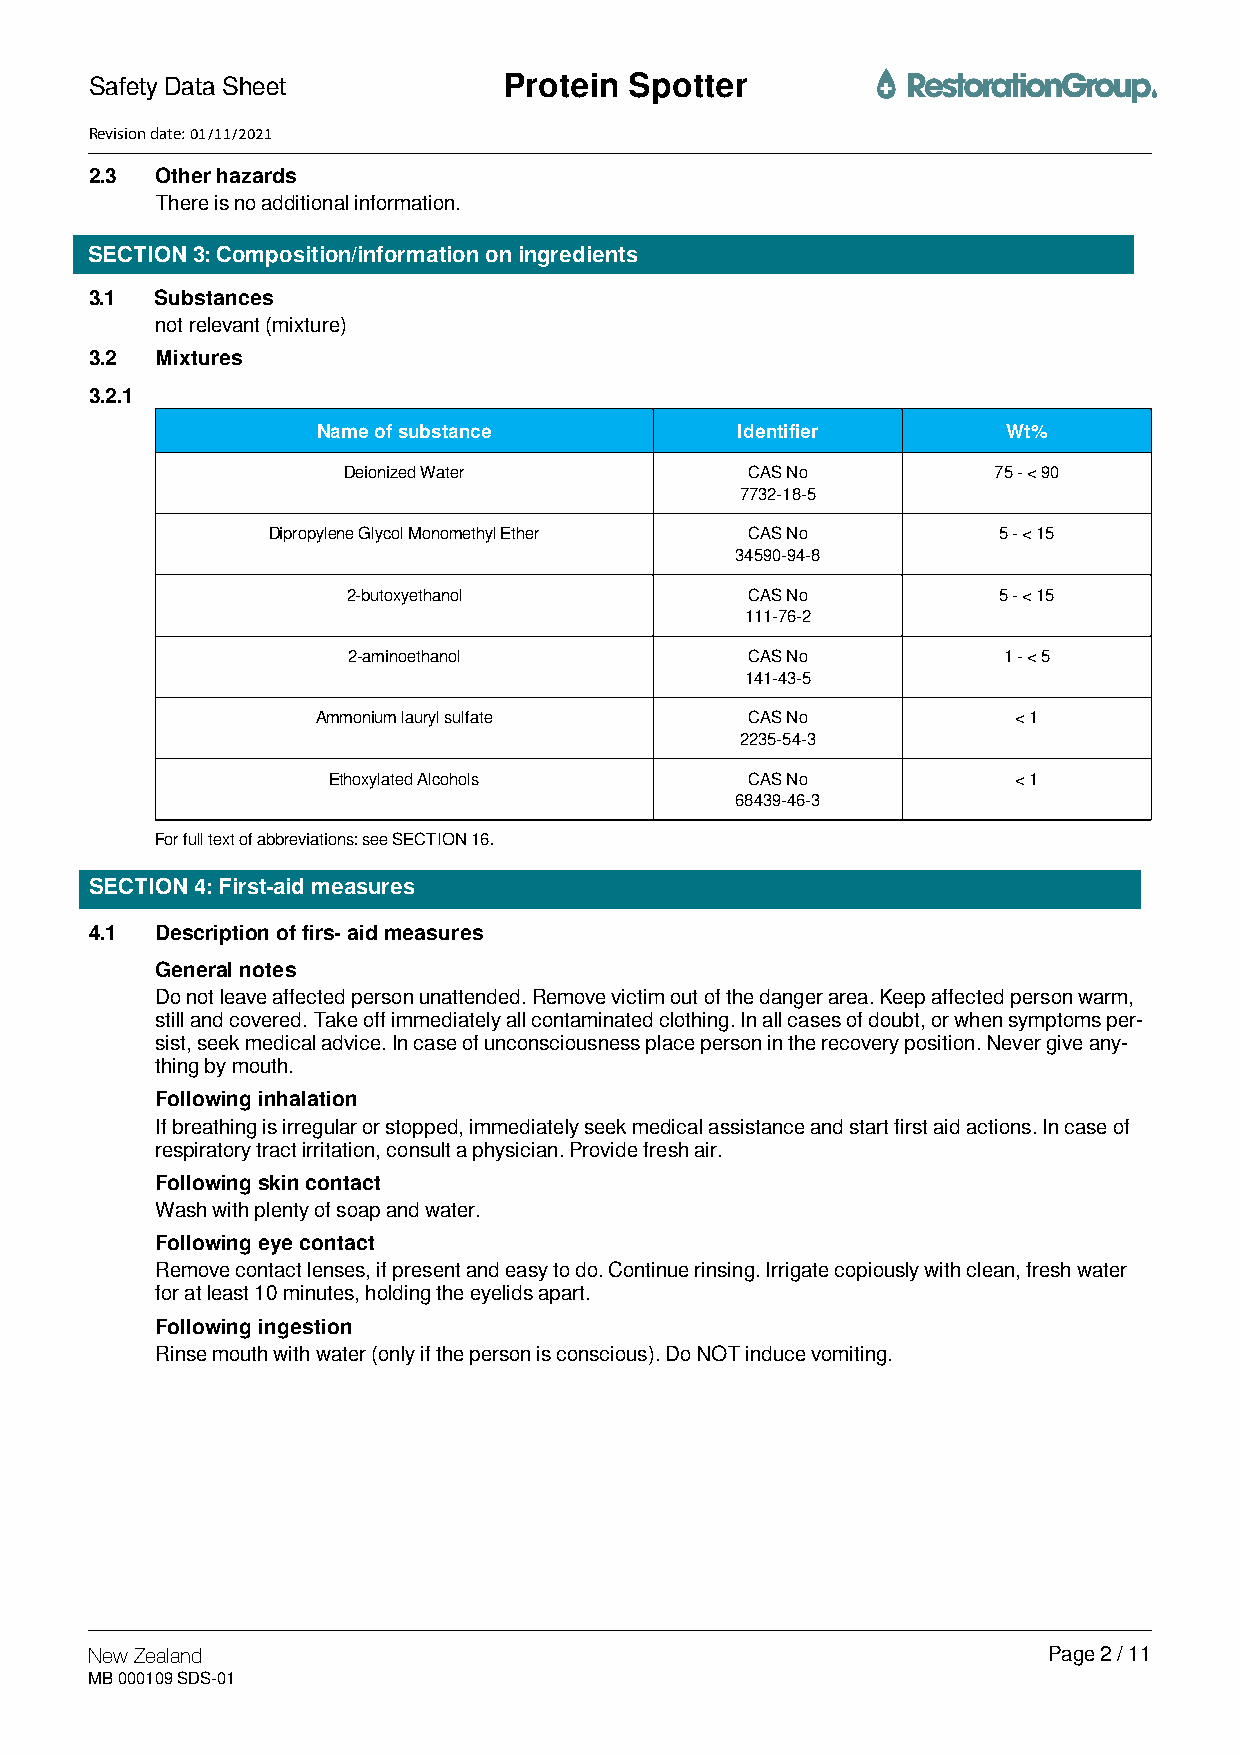
Safety Data Sheet          Protein  Spotter
 Revision date: 01/11/2021
 2.3 Other hazards
 There is no additional information.
 SECTION 3: Composition/information on ingredients
 3.1 Substances
 not relevant (mixture)
 3.2 Mixtures
 3.2.1
 Name of substance           Identifier        Wt%
 Deionized Water            CAS No          75 - < 90
 7732-18-5
 Dipropylene Glycol Monomethyl Ether CAS No      5 - < 15
 34590-94-8
 2-butoxyethanol            CAS No          5 - < 15
 111-76-2
 2-aminoethanol             CAS No          1 - < 5
 141-43-5
 Ammonium lauryl sulfate      CAS No           < 1
 2235-54-3
 Ethoxylated Alcohols        CAS No           < 1
 68439-46-3
 For full text of abbreviations: see SECTION 16.
 SECTION 4: First-aid measures
 4.1 Description of firs- aid measures
 General notes
 Do not leave affected person unattended. Remove victim out of the danger area. Keep affected person warm,
 still and covered. Take off immediately all contaminated clothing. In all cases of doubt, or when symptoms per-
 sist, seek medical advice. In case of unconsciousness place person in the recovery position. Never give any-
 thing by mouth.
 Following inhalation
 If breathing is irregular or stopped, immediately seek medical assistance and start first aid actions. In case of
 respiratory tract irritation, consult a physician. Provide fresh air.
 Following skin contact
 Wash with plenty of soap and water.
 Following eye contact
 Remove contact lenses, if present and easy to do. Continue rinsing. Irrigate copiously with clean, fresh water
 for at least 10 minutes, holding the eyelids apart.
 Following ingestion
 Rinse mouth with water (only if the person is conscious). Do NOT induce vomiting.
 New Zealand                                                    Page 2 / 11
 MB 000109 SDS-01